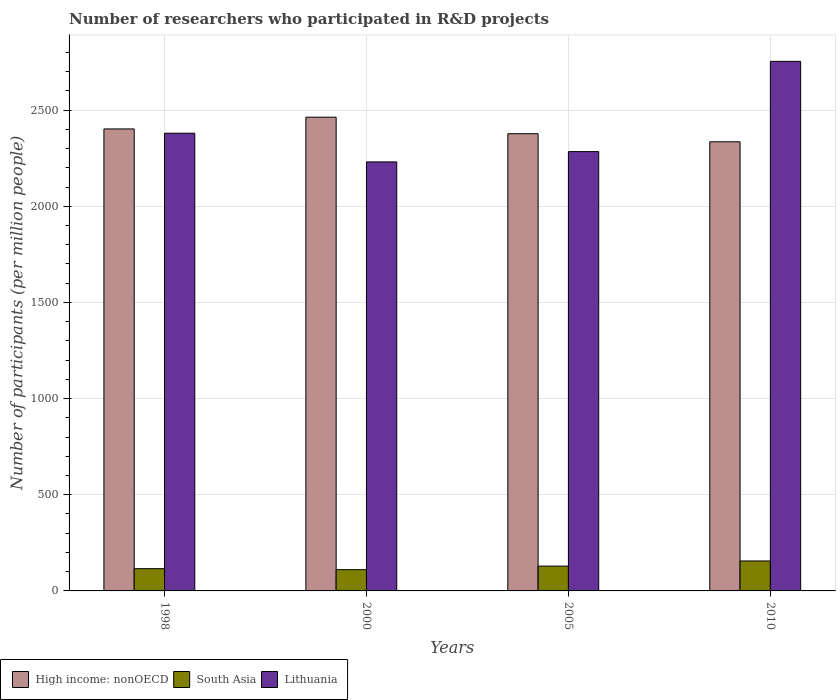
| Years | High income: nonOECD | South Asia | Lithuania |
 | --- | --- | --- | --- |
 | 1998 | 2.4e+03 | 116 | 2.38e+03 |
 | 2000 | 2.46e+03 | 110 | 2.23e+03 |
 | 2005 | 2.38e+03 | 129 | 2.28e+03 |
 | 2010 | 2.34e+03 | 156 | 2.75e+03 |